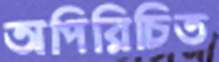
অপিরিচিত